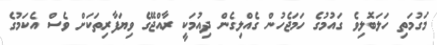
މަގުމަތި ހަލަބޮލިވެ ގައުމުގެ ހަމަޖެހުން ގެއްލިގެން ދިއުމަކީ ރާއްޖޭގެ ވިޔަފާރިތަކަށް ވެސް އެކަމުގެ